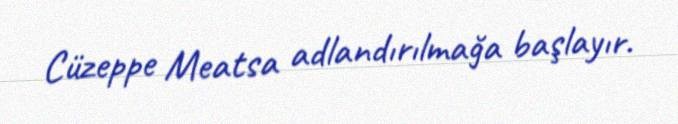
Cüzeppe Meatsa adlandırılmağa başlayır.